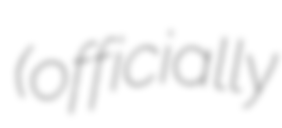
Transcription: (officially